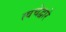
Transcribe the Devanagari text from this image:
त्वचेद्वारे